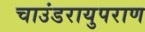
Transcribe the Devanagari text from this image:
चाउंडरायुपराण